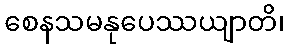
စေနသမနုပေဿယျာတိ၊